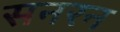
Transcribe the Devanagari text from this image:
सनरन